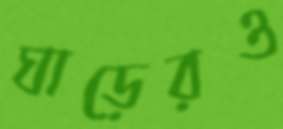
ঘাড়েরও